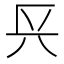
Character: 𨱘